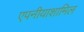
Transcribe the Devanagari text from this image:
एपनीयाशामिल